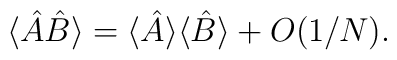
\langle \hat{A} \hat{B} \rangle = \langle \hat{A} \rangle \langle \hat{B} \rangle + O(1/N).